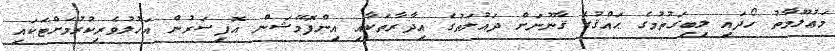
މަޢުލޫމާތު ހޯދައި ލިބިގަތުމުގެ ޙައްޤުގެ ޤާނޫނަށް ދައުލަތުގެ އިދާރާތަކާއި އިންފޮމޭޝަން އޮފިސަރުން އަހުލުވެރިކުރުމަށްޓަކައި